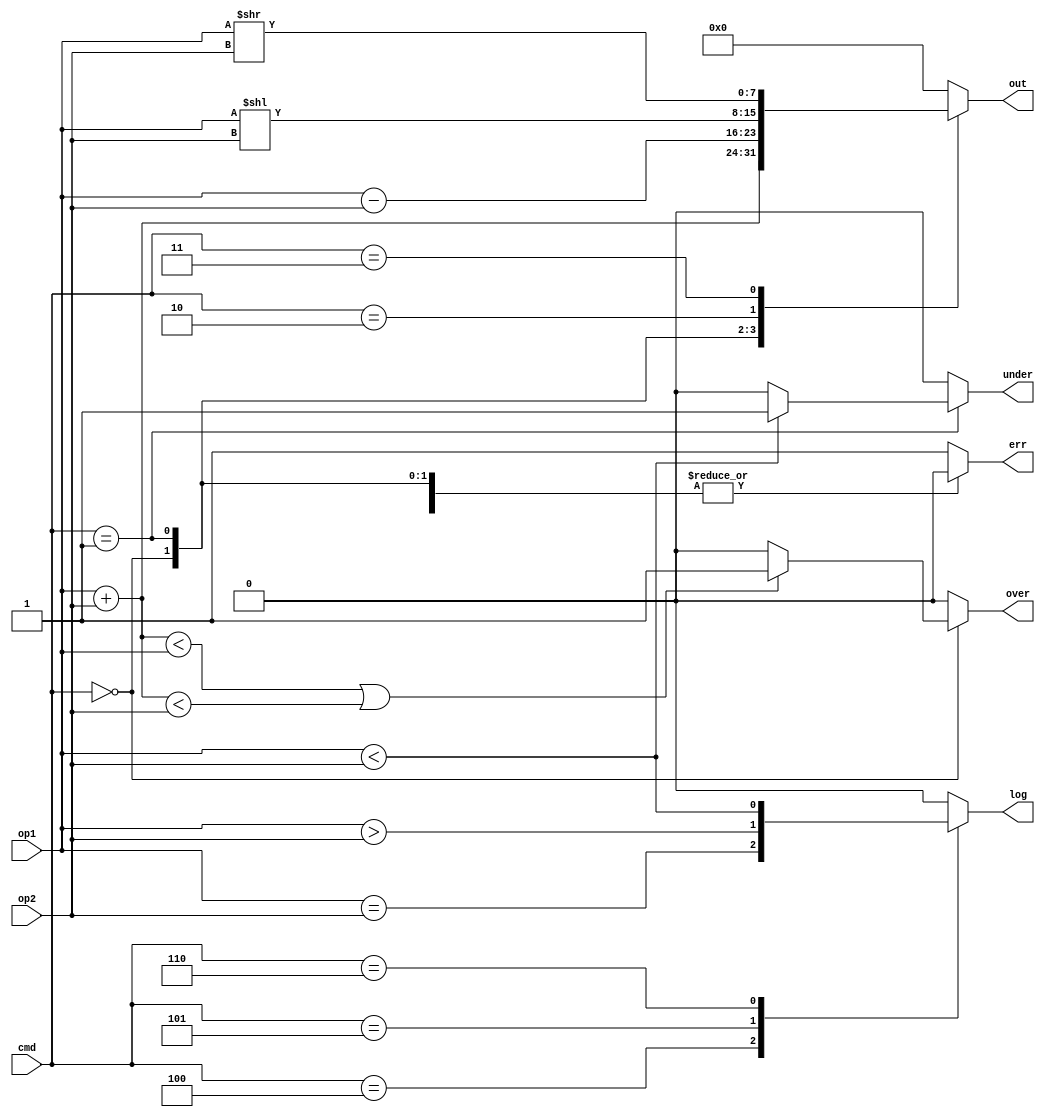
`timescale 1ns / 1ps

module ALU# (parameter N = 8)(
    input [N-1:0] op1,
    input [N-1:0] op2,
    input [3:0] cmd,
    output reg [N-1:0] out,
    output reg over,
    output reg under,
    output reg err,
    output reg log
);
    always @(*) begin 
        out = 0;
        over = 0;
        under = 0;
        err = 0;
        log = 0;

        case (cmd)
            4'd0: begin
                out = op1 + op2;
                if (out < op1 || out < op2)
                    over = 1;
            end
            4'd1: begin
                out = op1 - op2;
                if (op1 < op2)
                    under = 1;
            end
            4'd2: begin
                out = op1 << op2; 
            end
            4'd3: begin
                out = op1 >> op2;
            end
            4'd4: begin
                log = (op1 == op2);
            end
            4'd5: begin
                log = (op1 > op2);
            end
            4'd6: begin
                log = (op1 < op2);
            end
            default: begin
                err = 1;
            end
        endcase
    end
endmodule

module test();
    reg [7:0] op1;
    reg [7:0] op2;
    reg [3:0] cmd;
    wire [7:0] out;
    wire err, over, under, log;
    reg [7:0] func_product;
    reg [3:0] mul;

    ALU #(.N(8)) alunelu(
        .op1(op1),
        .op2(op2),
        .cmd(cmd),
        .out(out),
        .over(over),
        .under(under),
        .err(err),
        .log(log)
    );

    // Multiplicare prin aditie repetata
    function [7:0] multiply_function;
        input [7:0] a;
        reg [7:0] temp_a;
        reg [3:0] temp_b;
        
        integer i;
        begin
            temp_b=mul;
            multiply_function = 0;
            temp_a = a;
            temp_b = mul; 

            for (i = 0; i < temp_b; i = i + 1) begin
                op1 = multiply_function;
                op2 = temp_a;
                cmd = 4'd0;
             
                multiply_function = out; 
            end
        end
    endfunction

    initial begin
        mul = 4'b0011;  
        cmd = 4'b0000;    
        op1=8'b00001000;
        op2=8'b00001000;
        #10;
        func_product = multiply_function(8'b00001000);
        #10
        $finish;
    end
endmodule